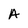
Character: A